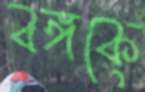
বঙ্গকে